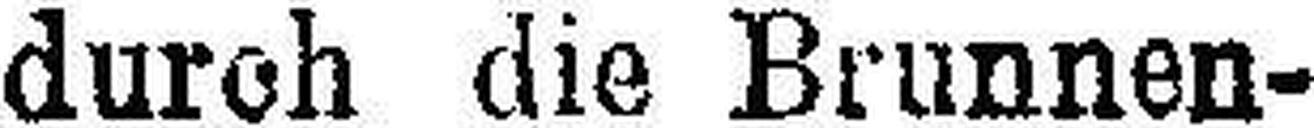
durch die Brunnen-